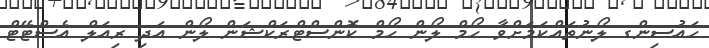
ހައުސިންގ ލޯނުތައްކަމަށްވާ ހޯމް ލޯން ހޯމް ކޮންސްޓްރަކްޝަން ލޯން އަދި ރިއަލް އެސްޓޭޓް